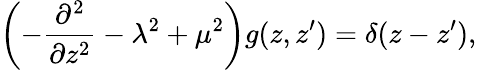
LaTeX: \left(-{\frac{\partial^{2}}{\partial z^{2}}}-\lambda^{2}+\mu^{2}\right)g(z,z^{\prime})=\delta(z-z^{\prime}),